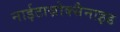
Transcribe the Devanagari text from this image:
नाईटाज़ोक्सैनाइड